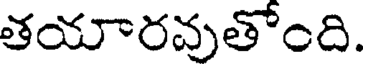
తయారవుతోంది.